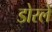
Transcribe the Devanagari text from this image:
डोरले